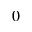
\r _ { 0 }